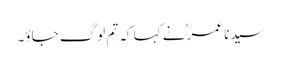
سیدنا عمرؓ نے کہا کہ تم لوگ جاؤ۔